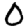
Digit: 0